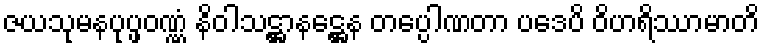
ဇယသုမနပုပ္ဖဝဏ္ဏံ နိဝါသဋ္ဌာနဋ္ဌေန တပ္ပေါဏတာ ပဒေပိ ဝိဟရိဿာမာတိ